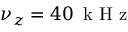
\nu _ { z } = 4 0 \, \textrm { k H z }